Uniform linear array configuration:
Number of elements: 24
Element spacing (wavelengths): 0.25
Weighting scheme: kaiser
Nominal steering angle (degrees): -60
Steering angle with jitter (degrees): -61.544
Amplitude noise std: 0.05
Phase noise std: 0.05

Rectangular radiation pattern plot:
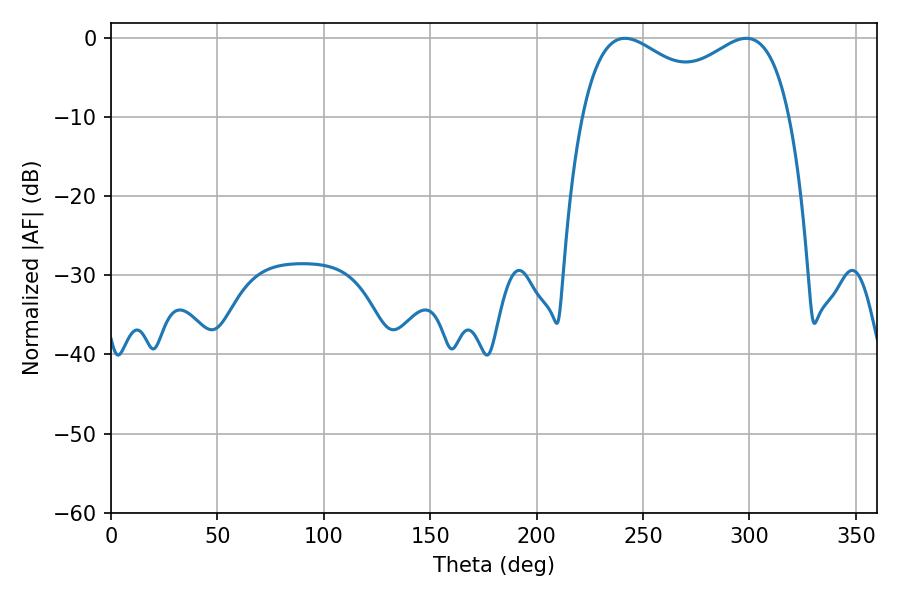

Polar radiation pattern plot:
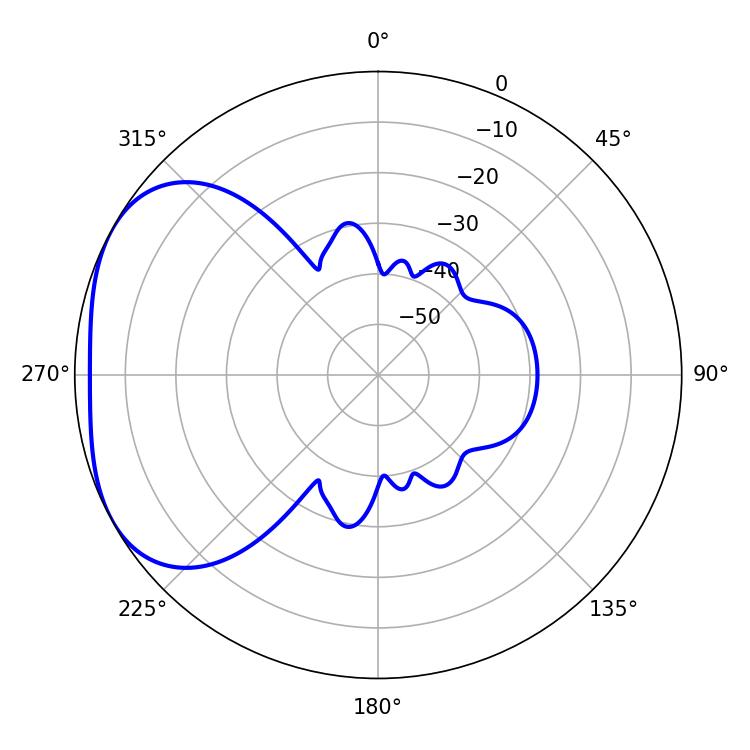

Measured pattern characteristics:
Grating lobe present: FALSE
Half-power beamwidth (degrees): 81.36
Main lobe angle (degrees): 241.56